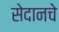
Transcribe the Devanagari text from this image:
सेदानचे